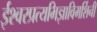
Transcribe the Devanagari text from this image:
ईश्वरप्रत्यभिज्ञाविमर्शिनी